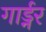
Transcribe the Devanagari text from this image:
गार्ड्नर